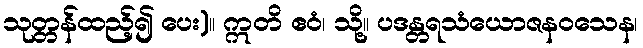
သုတ္တန်ထည့်၍ ပေး)။ ဣတိ ဧဝံ၊ သို့။ ပဒန္တရသံယောဇနဝသေန၊